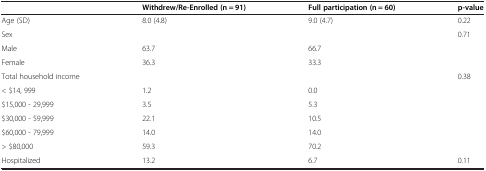
<table><thead><tr><td></td><td><b>Withdrew/Re-Enrolled (n = 91)</b></td><td><b>Full participation (n = 60)</b></td><td><b>p-value</b></td></tr></thead><tbody><tr><td>Age (SD)</td><td>8.0 (4.8)</td><td>9.0 (4.7)</td><td>0.22</td></tr><tr><td>Sex</td><td></td><td></td><td>0.71</td></tr><tr><td>Male</td><td>63.7</td><td>66.7</td><td></td></tr><tr><td>Female</td><td>36.3</td><td>33.3</td><td></td></tr><tr><td>Total household income</td><td></td><td></td><td>0.38</td></tr><tr><td>&lt; $14, 999</td><td>1.2</td><td>0.0</td><td></td></tr><tr><td>$15,000 - 29,999</td><td>3.5</td><td>5.3</td><td></td></tr><tr><td>$30,000 - 59,999</td><td>22.1</td><td>10.5</td><td></td></tr><tr><td>$60,000 - 79,999</td><td>14.0</td><td>14.0</td><td></td></tr><tr><td>&gt; $80,000</td><td>59.3</td><td>70.2</td><td></td></tr><tr><td>Hospitalized</td><td>13.2</td><td>6.7</td><td>0.11</td></tr></tbody></table>